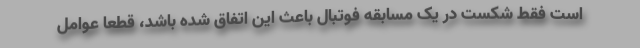
است فقط شکست در یک مسابقه فوتبال باعث این اتفاق شده باشد، قطعاً عوامل